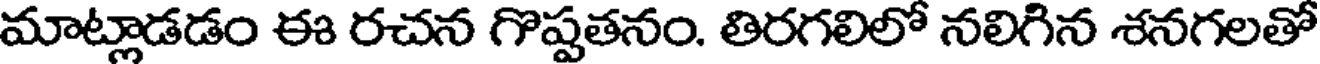
మాట్లాడడం ఈ రచన గొప్పతనం. తిరగలిలో నలిగిన శనగలతో